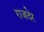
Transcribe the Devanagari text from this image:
राजदेर